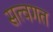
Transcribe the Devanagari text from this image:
सत्वगत